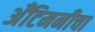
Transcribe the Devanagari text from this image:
अँटिमनीचा